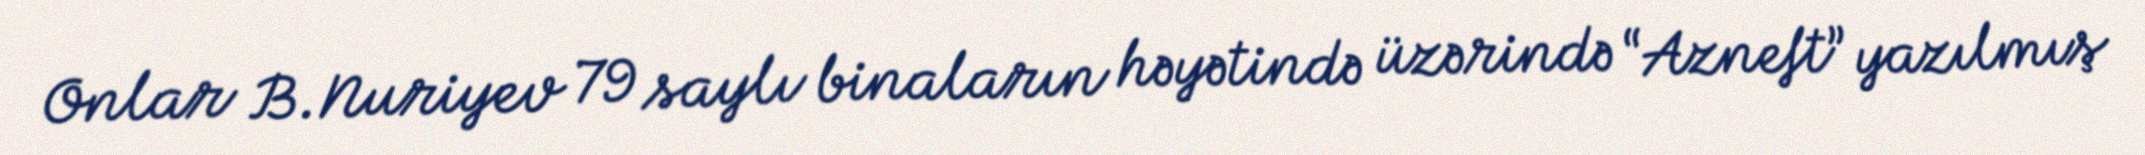
Onlar B.Nuriyev 79 saylı binaların həyətində üzərində “Azneft” yazılmış